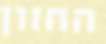
החזון